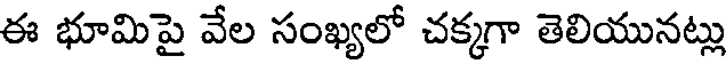
ఈ భూమిపై వేల సంఖ్యలో చక్కగా తెలియునట్లు